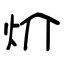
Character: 炌